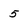
Character: 5